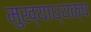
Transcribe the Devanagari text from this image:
मुख्याध्यक्ष